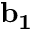
\mathbf { b _ { 1 } }